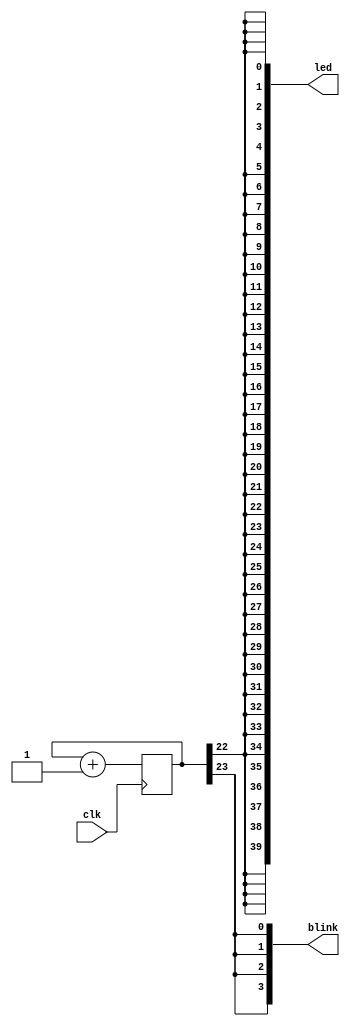
module top (
    input  clk,
    output [39:0] led,
    output [3:0] blink
);

reg [24:0] cnt = 24'd0;

assign led[0] = cnt[22];
assign led[1] = cnt[22];
assign led[2] = cnt[22];
assign led[3] = cnt[22];
assign led[4] = cnt[22];
assign led[5] = cnt[22];
assign led[6] = cnt[22];
assign led[7] = cnt[22];
assign led[8] = cnt[22];
assign led[9] = cnt[22];
assign led[10] = cnt[22];
assign led[11] = cnt[22];
assign led[12] = cnt[22];
assign led[13] = cnt[22];
assign led[14] = cnt[22];
assign led[15] = cnt[22];
assign led[16] = cnt[22];
assign led[17] = cnt[22];
assign led[18] = cnt[22];
assign led[19] = cnt[22];
assign led[20] = cnt[22];
assign led[21] = cnt[22];
assign led[22] = cnt[22];
assign led[23] = cnt[22];
assign led[24] = cnt[22];
assign led[25] = cnt[22];
assign led[26] = cnt[22];
assign led[27] = cnt[22];
assign led[28] = cnt[22];
assign led[29] = cnt[22];
assign led[30] = cnt[22];
assign led[31] = cnt[22];
assign led[32] = cnt[22];
assign led[33] = cnt[22];
assign led[34] = cnt[22];
assign led[35] = cnt[22];
assign led[36] = cnt[22];
assign led[37] = cnt[22];
assign led[38] = cnt[22];
assign led[39] = cnt[22];

assign blink[0] = cnt[23];
assign blink[1] = cnt[23];
assign blink[2] = cnt[23];
assign blink[3] = cnt[23];



always@(posedge clk)begin
    cnt <= cnt + 24'd1;
end

endmodule